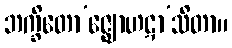
ဘက္ခိတော’ဇ္ဈောဟဋာ’သိတာ။